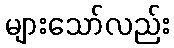
များသော်လည်း